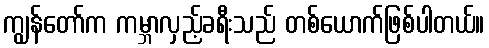
ကျွန်တော်က ကမ္ဘာလှည့်ခရီးသည် တစ်ယောက်ဖြစ်ပါတယ်။